Document type: Emphyteutic lease
Year: 1316
Scribe: Berenguer de Vallseca
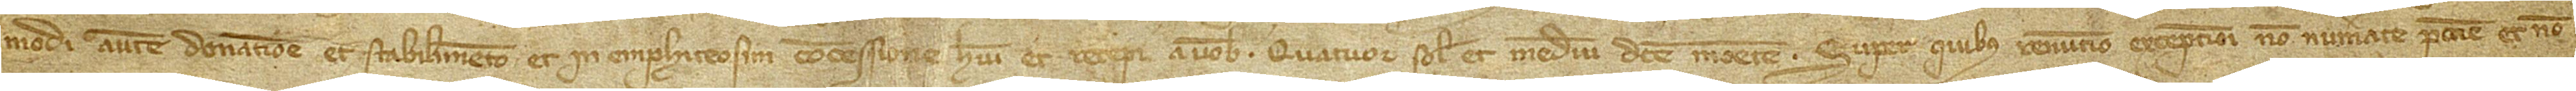
modi autem donatione et stabilimento et in emphiteosim concessione habui et recepi a vobis quatuor solidos et medium dicte monete, super quibus renuncio exceptioni non numerate peccunie et non